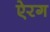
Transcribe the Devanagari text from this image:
ऐरग